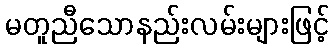
မတူညီသောနည်းလမ်းများဖြင့်